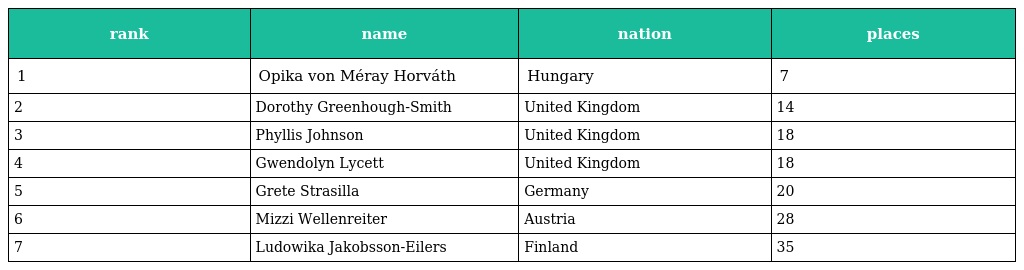
| rank | name | nation | places |
 | --- | --- | --- | --- |
 | 1 | Opika von Méray Horváth | Hungary | 7 |
 | 2 | Dorothy Greenhough-Smith | United Kingdom | 14 |
 | 3 | Phyllis Johnson | United Kingdom | 18 |
 | 4 | Gwendolyn Lycett | United Kingdom | 18 |
 | 5 | Grete Strasilla | Germany | 20 |
 | 6 | Mizzi Wellenreiter | Austria | 28 |
 | 7 | Ludowika Jakobsson-Eilers | Finland | 35 |